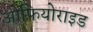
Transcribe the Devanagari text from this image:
ओफियोराइड